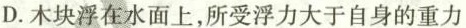
C.木块受到的浮力一定大于铁块所受的浮力